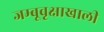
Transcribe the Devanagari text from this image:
जम्बूवृक्षाखाली